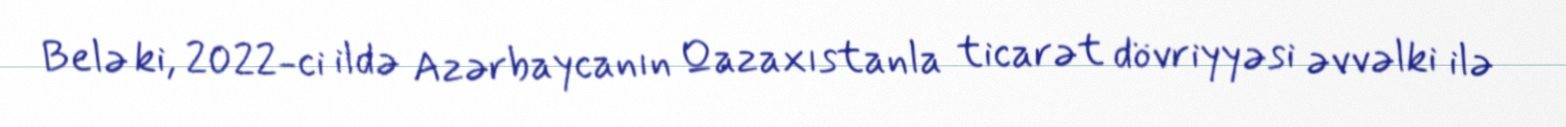
Belə ki, 2022-ci ildə Azərbaycanın Qazaxıstanla ticarət dövriyyəsi əvvəlki ilə